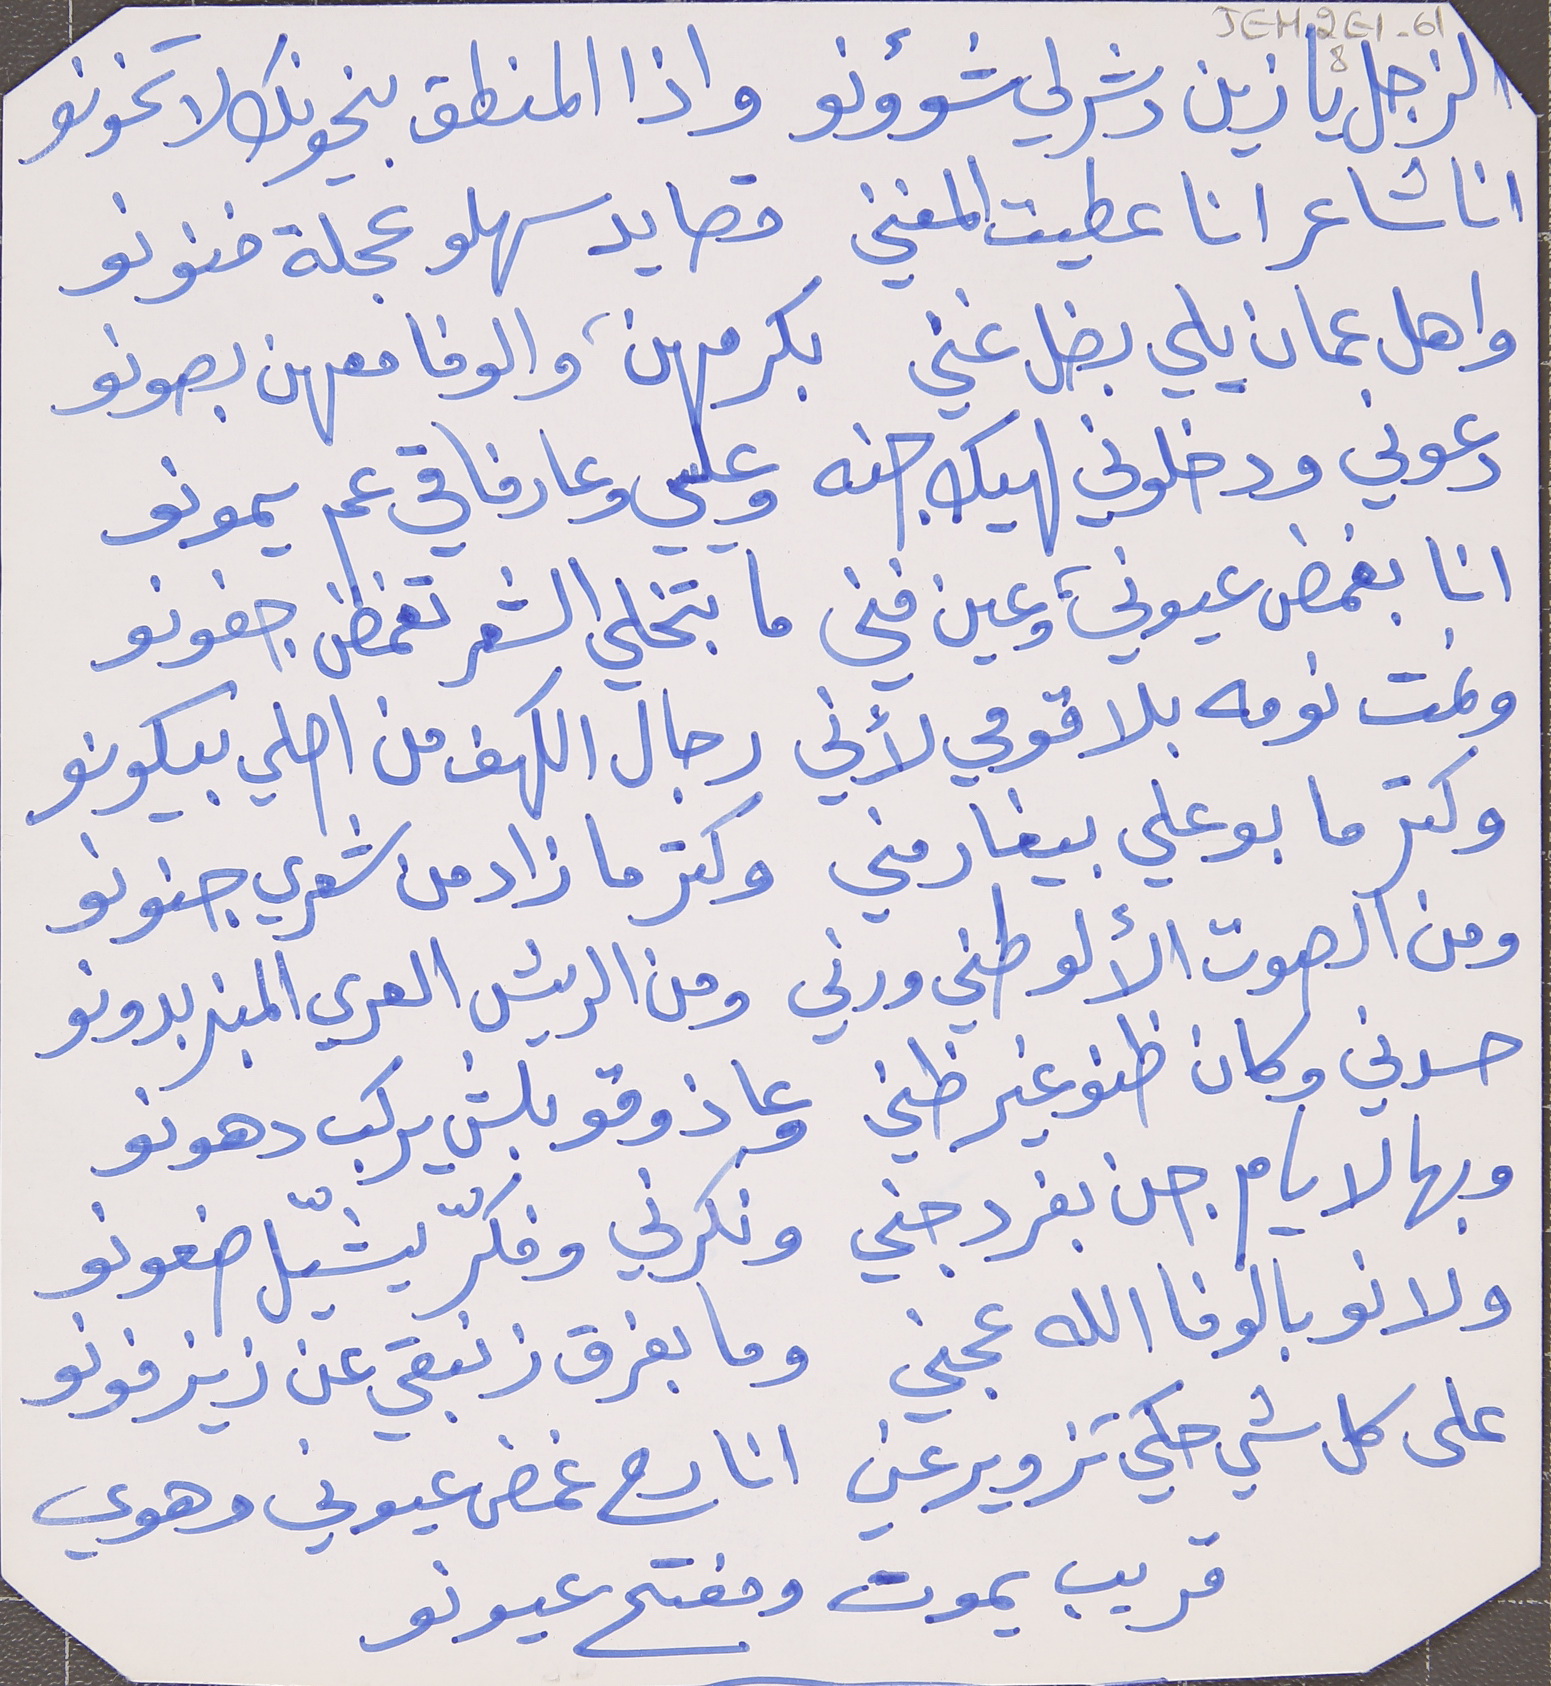
JEH2E1-618
انا شاعر انا عطيت المغني      قصايد سهلو عجلة فونو
واهل عمان يلي بضل غني     بكرمهن، والوفا معهن بصونو
دعوني ودخلوني لهيك جنه     وعليي وعا رفاقي عم يمونو
انا بغمض عيوني، وعين فني     ما بتخلي الشعر تغمض جفونو
ونمت نومه بلا قومي لأني     رجال الكهف من اصلي بيكونو
وكتر ما بوعلي بيغار مني     وكتر ما زاد من شعري جنونو
ومن الصوت الألو طني ورني     ومن الريش العري المنبر بدونو
حسدني وكان ظنو غير ظني     وعا ذوقو بلش يركب دهونو
وبهالايام جن بفرد جني     ونكرني وفكرّ يشيّل ضعونو
ولانو بالوفا الله عجني     وما بفرق زنبقي عن زيزفونو
على كل شي حكي تزوير عني     انا رح غمض عيوني وهوي
قريب يموت ومفتح عيونو
الزجل يا زين دشرلي شؤونو     واذا المنطق بخونك لا تخونو